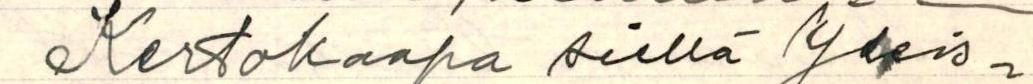
Kertokaapa siellä Yleis-